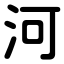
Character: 河